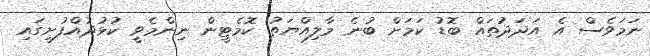
ނަމަވެސް އެ އަދަދުތައް ބޮޑު ކަމަށް ބުނެ މާލިއްޔަތު ކޮމެޓީން ނިންމެވީ ކުޅުދުއްފުށީގައި